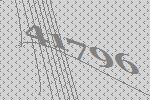
41796